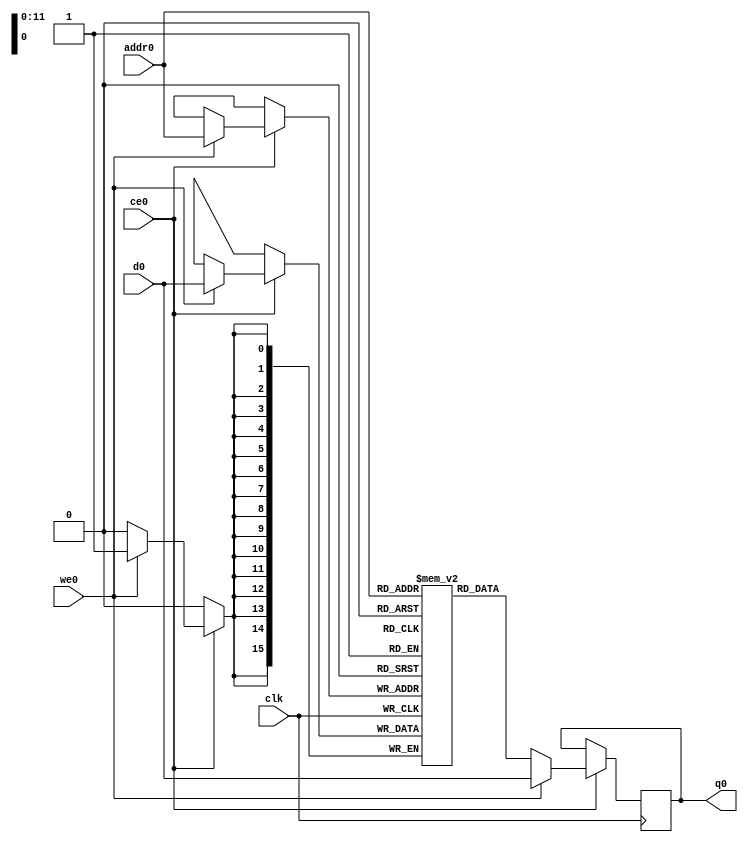
// ==============================================================
// File generated by Vivado(TM) HLS - High-Level Synthesis from C, C++ and SystemC
// Version: 2017.4
// Copyright (C) 1986-2017 Xilinx, Inc. All Rights Reserved.
// 
// ==============================================================

`timescale 1 ns / 1 ps
module line_buffer_16_bubkb_ram (addr0, ce0, d0, we0, q0,  clk);

parameter DWIDTH = 16;
parameter AWIDTH = 12;
parameter MEM_SIZE = 2688;

input[AWIDTH-1:0] addr0;
input ce0;
input[DWIDTH-1:0] d0;
input we0;
output reg[DWIDTH-1:0] q0;
input clk;

(* ram_style = "block" *)reg [DWIDTH-1:0] ram[0:MEM_SIZE-1];




always @(posedge clk)  
begin 
    if (ce0) 
    begin
        if (we0) 
        begin 
            ram[addr0] <= d0; 
            q0 <= d0;
        end 
        else 
            q0 <= ram[addr0];
    end
end


endmodule


`timescale 1 ns / 1 ps
module line_buffer_16_bubkb(
    reset,
    clk,
    address0,
    ce0,
    we0,
    d0,
    q0);

parameter DataWidth = 32'd16;
parameter AddressRange = 32'd2688;
parameter AddressWidth = 32'd12;
input reset;
input clk;
input[AddressWidth - 1:0] address0;
input ce0;
input we0;
input[DataWidth - 1:0] d0;
output[DataWidth - 1:0] q0;



line_buffer_16_bubkb_ram line_buffer_16_bubkb_ram_U(
    .clk( clk ),
    .addr0( address0 ),
    .ce0( ce0 ),
    .d0( d0 ),
    .we0( we0 ),
    .q0( q0 ));

endmodule